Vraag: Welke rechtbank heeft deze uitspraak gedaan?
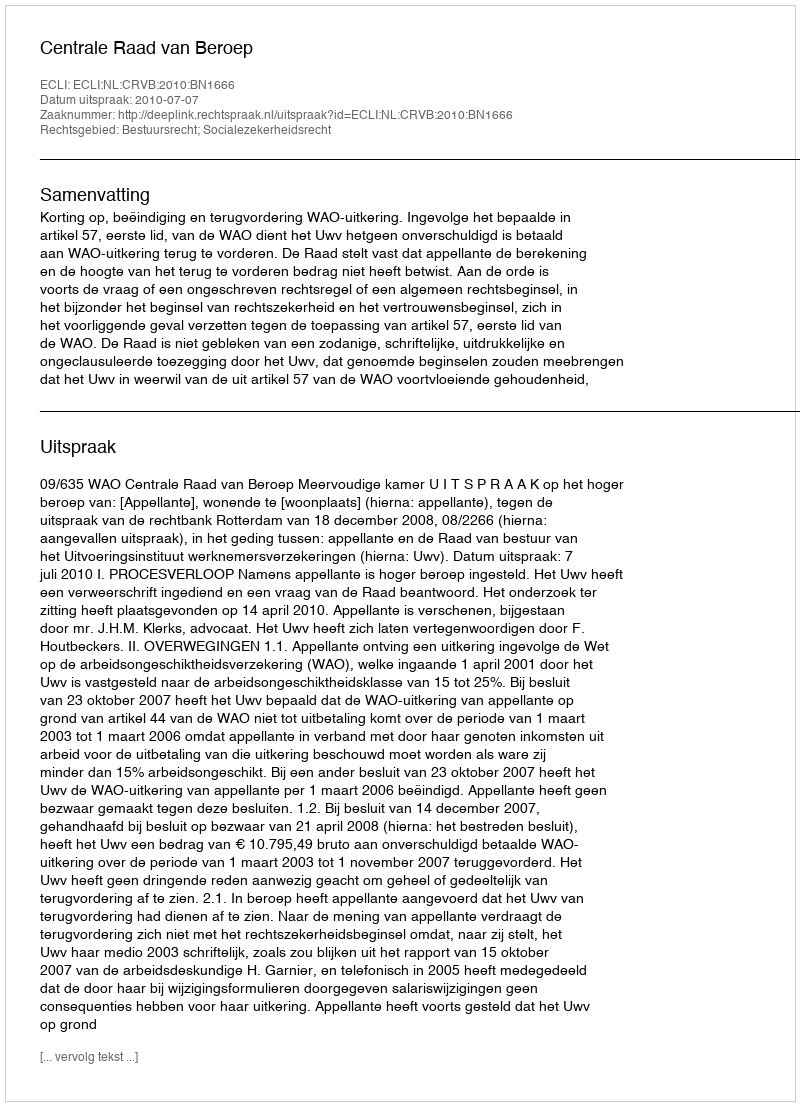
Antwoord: Centrale Raad van Beroep